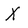
Character: X